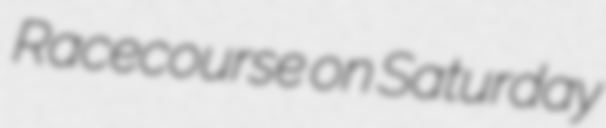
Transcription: Racecourse on Saturday